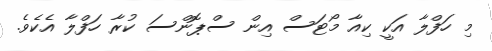
މި ހަފްލާ އަކީ ކިއާ މޯޓަސް އިން ސްޕޮންސަ ކުރާ ހަފްލާ އެކެވެ.